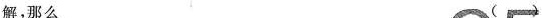
解，那么 （）